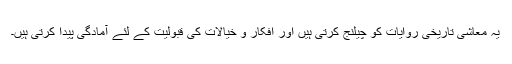
یہ معاشی تاریخی روایات کو چیلنج کرتی ہیں اور افکار و خیالات کی قبولیت کے لئے آمادگی پیدا کرتی ہیں۔